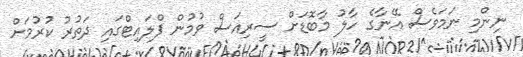
ނިންމި ނަމަވެސް އޭނާގެ ހާލު މާބޮޑަށް ސީރިއަސް ވުމުން ފްލައިޓްގައި ދަތުރު ކުރުމަށް